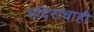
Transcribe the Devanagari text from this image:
मंदिराचाही